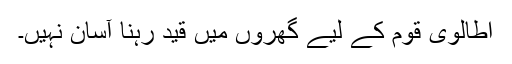
اطالوی قوم کے لیے گھروں میں قید رہنا آسان نہیں۔